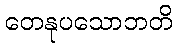
တေနုပသောဘတိ